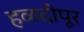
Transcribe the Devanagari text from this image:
हळदीपूर